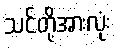
သင်တို့အားလုံး